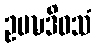
ဥပဍ္ဎဒိဝသံ